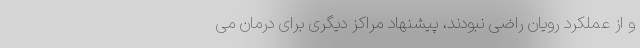
و از عملکرد رویان راضی نبودند، پیشنهاد مراکز دیگری برای درمان می